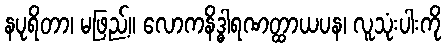
နပုရိတာ၊ မဖြည့်။ လောကနိဒ္ဓါရဏတ္ထာယပန၊ လူသုံးပါးကို